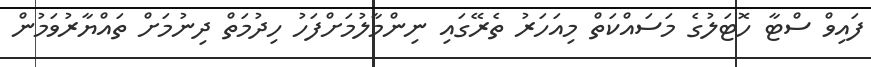
ފައިވް ސްޓާ ހޮޓަލުގެ މަސައްކަތް މިއަހަރު ތެރޭގައި ނިންމާލުމަށްފަހު ހިދުމަތް ދިނުމަށް ތައްޔާރުވަމުން